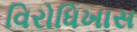
વિરોધિખાસ